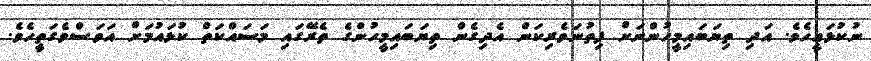
ނުކުޅައީހެވެ. އަދި ތިޔަބައިމީހުންނަށް ފިތުނަވެރިކަން އެދިގެން ތިޔަބައިމީހުންގެ ތެރޭގައި މަސައްކަތް ކުޅައުމަށް އަވަސްވެގަތީހެވެ.